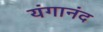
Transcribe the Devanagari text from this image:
यंगानंद